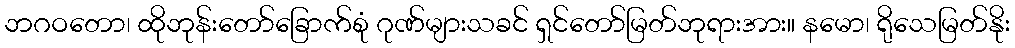
ဘဂဝတော၊ ထိုဘုန်းတော်ခြောက်စုံ ဂုဏ်များသခင် ရှင်တော်မြတ်ဘုရားအား။ နမော၊ ရိုသေမြတ်နိုး